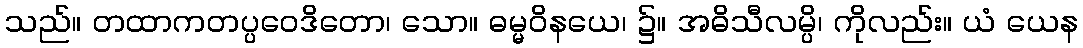
သည်။ တထာကတပ္ပဝေဒိတော၊ သော။ ဓမ္မဝိနယေ၊ ၌။ အဓိသီလမ္ပိ၊ ကိုလည်း။ ယံ ယေန